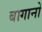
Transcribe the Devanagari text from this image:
बागानो